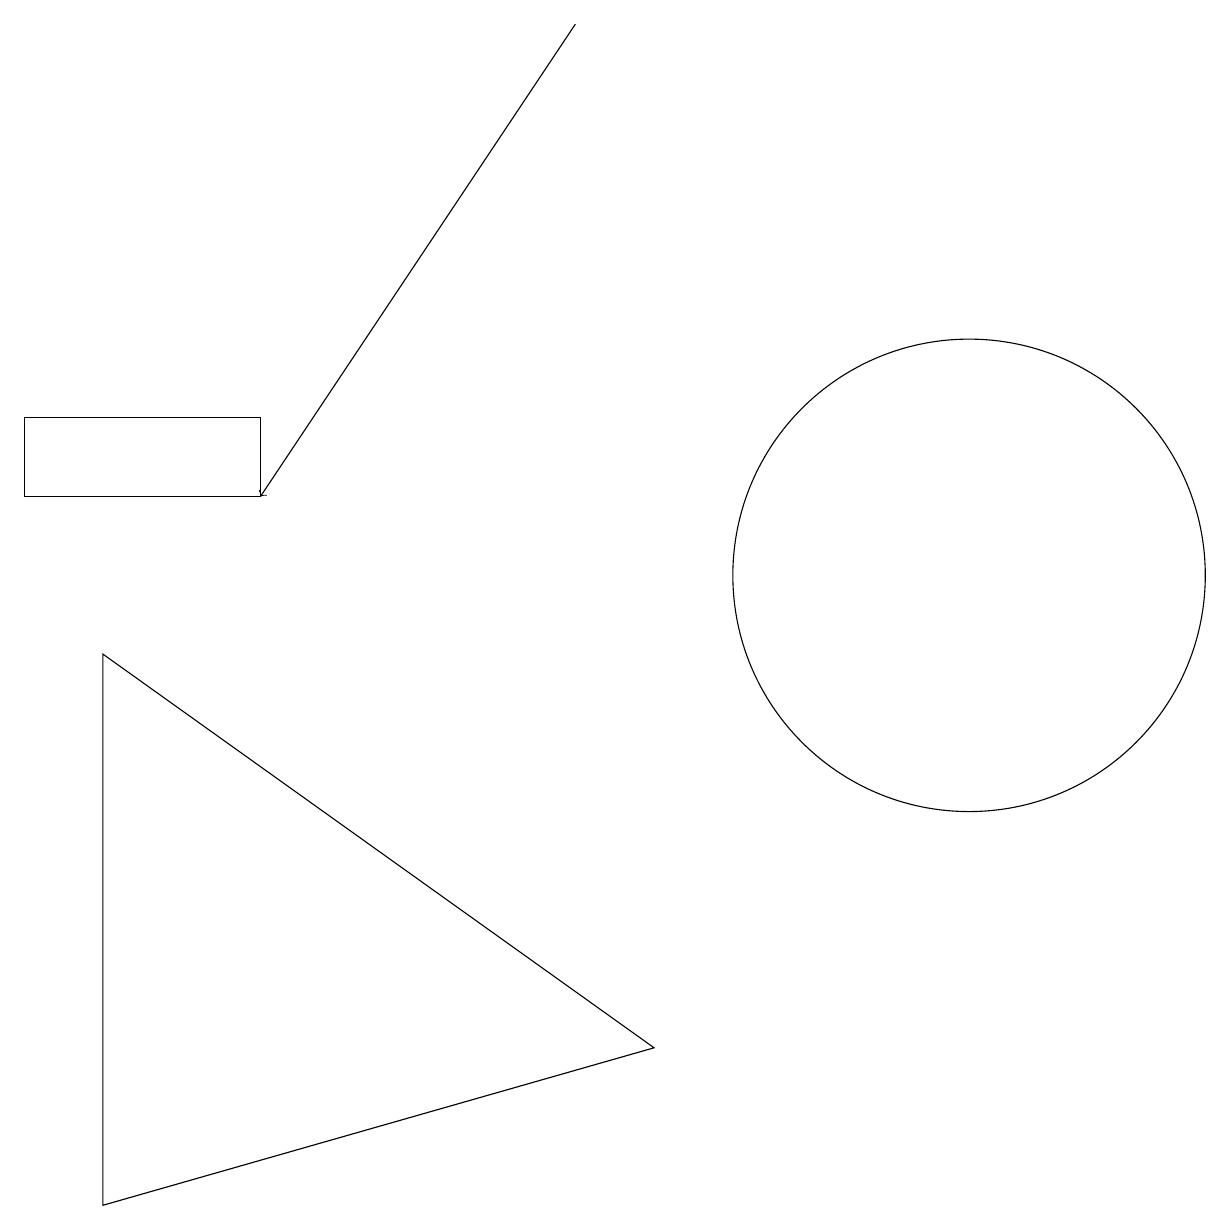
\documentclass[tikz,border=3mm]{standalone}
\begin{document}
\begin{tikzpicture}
\draw (1,9) -- (1,2) -- (8,4) -- cycle;
\draw (3,12) rectangle (0,11);
\draw[->] (7,17) -- (3,11);
\draw (12,10) circle (3);
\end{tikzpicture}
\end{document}